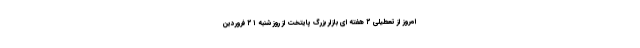
امروز از تعطیلی ۲ هفته ای بازار بزرگ پایتخت از روز شنبه ۲۱ فروردین